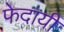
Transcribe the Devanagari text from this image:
फेदायीं